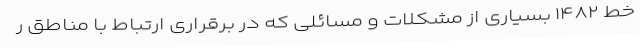
خط ۱۴۸۲ بسیاری از مشکلات و مسائلی که در برقراری ارتباط با مناطق ر